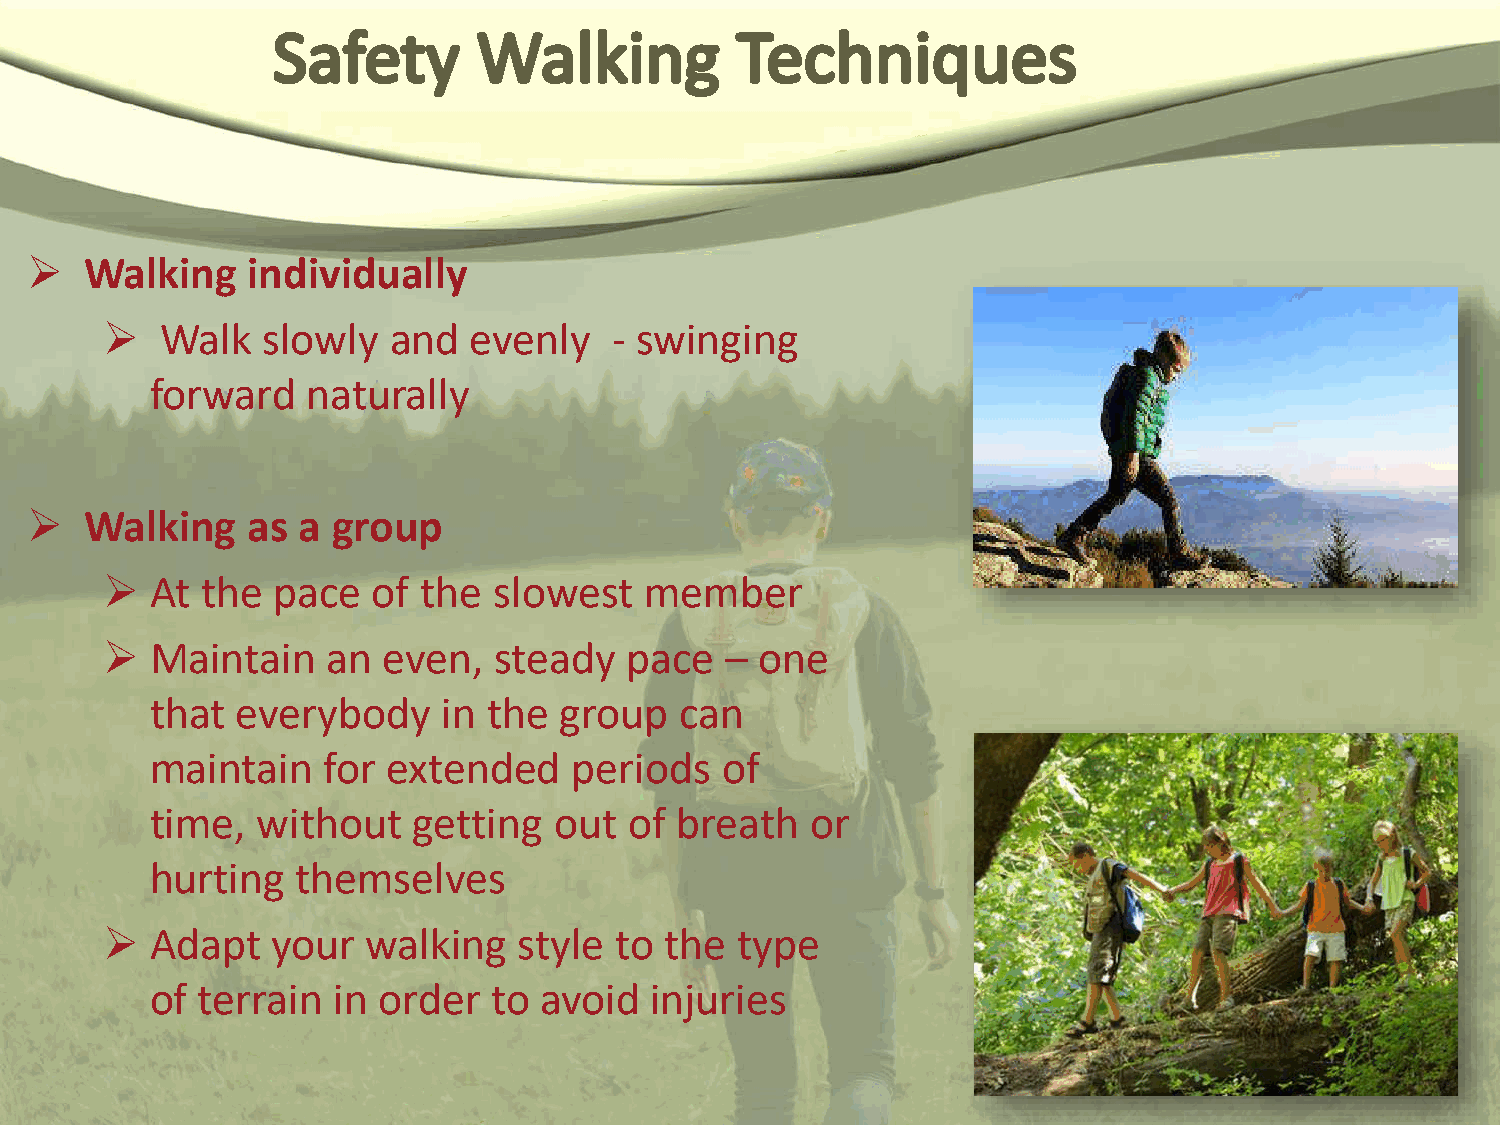
   Walking   individually
    Walk  slowly   and  evenly    - swinging
 forward   naturally
    Walking   as  a group
   At the  pace   of the  slowest   member
   Maintain    an even,   steady  pace   – one
 that  everybody    in the  group   can
 maintain   for  extended    periods   of
 time,  without   getting   out  of breath   or
 hurting   themselves
   Adapt   your  walking   style  to the  type
 of terrain  in order   to avoid  injuries